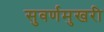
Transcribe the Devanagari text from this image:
सुवर्णमुखरी